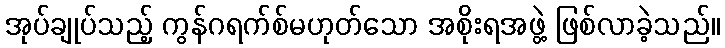
အုပ်ချုပ်သည့် ကွန်ဂရက်စ်မဟုတ်သော အစိုးရအဖွဲ့ ဖြစ်လာခဲ့သည်။